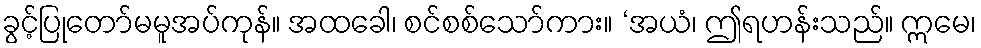
ခွင့်ပြုတော်မမူအပ်ကုန်။ အထခေါ၊ စင်စစ်သော်ကား။ ‘အယံ၊ ဤရဟန်းသည်။ ဣမေ၊